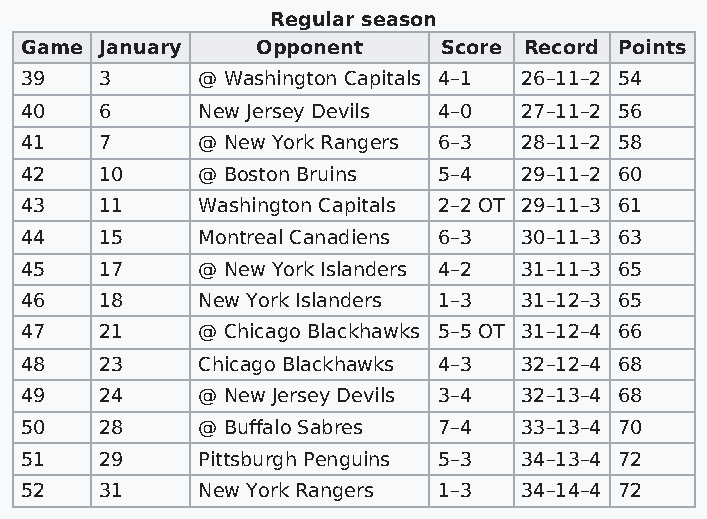
Regular season
 Game  January   Opponent    Score Record Points
 39    3     @ Washington Capitals 4–1 26–11–2 54
 40    6     New Jersey Devils 4–0 27–11–2 56
 41    7     @ New York Rangers 6–3 28–11–2 58
 42    10    @ Boston Bruins 5–4  29–11–2 60
 43    11    Washington Capitals 2–2 OT 29–11–3 61
 44    15    Montreal Canadiens 6–3 30–11–3 63
 45    17    @ New York Islanders 4–2 31–11–3 65
 46    18    New York Islanders 1–3 31–12–3 65
 47    21    @ Chicago Blackhawks 5–5 OT 31–12–4 66
 48    23    Chicago Blackhawks 4–3 32–12–4 68
 49    24    @ New Jersey Devils 3–4 32–13–4 68
 50    28    @ Buffalo Sabres 7–4 33–13–4 70
 51    29    Pittsburgh Penguins 5–3 34–13–4 72
 52    31    New York Rangers 1–3 34–14–4 72